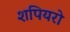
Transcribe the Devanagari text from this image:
शपियरो